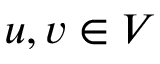
u , v \in V